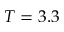
T = 3 . 3